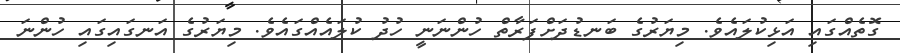
ގޮތެއްގައި އަޅިކުލައެވެ. މިޔަރުގެ ބަނޑުދަށްފަރާތް ހުންނަނީ ހުދު ކުލައެއްގައެވެ. މިޔަރުގެ އަނގައިގައި ހުންނަ